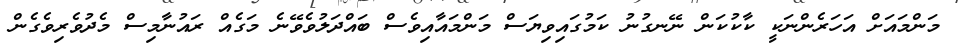
މަންމައަށް އަހަރެންނަކީ ކާކުކަން ނޭނގުނު ކަމުގައިވިޔަސް މަންމައާއިވެސް ބައްދަލުވެވޭނެ މަގެއް ރައުނާމިސް މެދުވެރިވެގެން